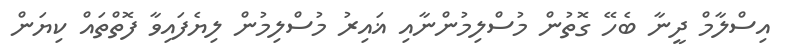
އިސްލާމް ދީނާ ބެހޭ ގޮތުން މުސްލިމުންނާއި ޣައިރު މުސްލިމުން ލިޔެފައިވާ ފޮތްތައް ކިޔަން